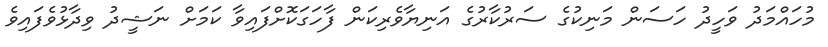
މުހައްމަދު ވަހީދު ހަސަން މަނިކުގެ ސަރުކާރުގެ އަނިޔާވެރިކަން ފާހަގަކޮށްފައިވާ ކަމަށް ނަޝީދު ވިދާޅުވެފައިވެ